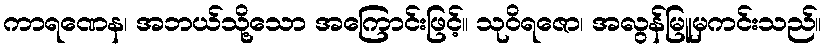
ကာရဏေန၊ အဘယ်သို့သော အကြောင်းဖြင့်။ သုဝိရဇော၊ အလွန်မြူမှကင်းသည်။